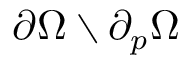
\partial \Omega \setminus { \partial _ { p } \Omega }